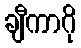
ချီကာဂို